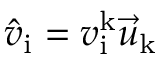
\hat { v } _ { \mathrm { i } } = v _ { \mathrm { i } } ^ { \mathrm { k } } \vec { u } _ { \mathrm { k } }